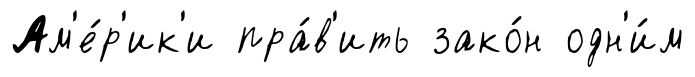
Ам'е́р'ик'и пра́в'ить зако́н одн'и́м